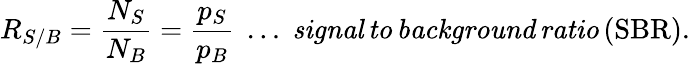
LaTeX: R_{S/B}=\frac{N_{S}}{N_{B}}=\frac{p_{S}}{p_{B}}\; \ldots\; \mathit{signal\, to\, background\, ratio}\, \mathrm{(SBR).}